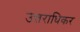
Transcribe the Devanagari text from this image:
उत्तराधिकर